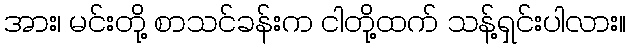
အား၊ မင်းတို့ စာသင်ခန်းက ငါတို့ထက် သန့်ရှင်းပါလား။